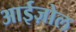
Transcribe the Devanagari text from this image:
आईज़ोल